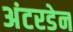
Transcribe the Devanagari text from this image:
अंटरडेन